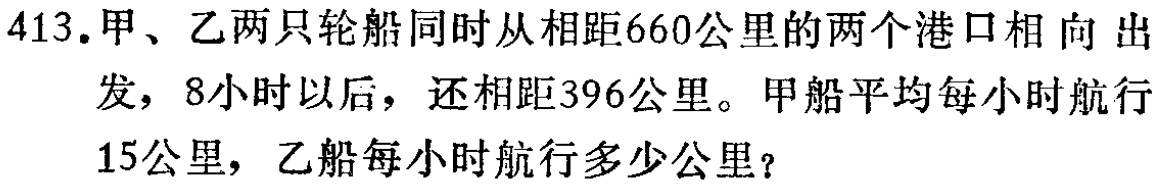
413.甲、乙两只轮船同时从相距660公里的两个港口相向出发，8小时以后，还相距396公里。甲船平均每小时航行15公里，乙船每小时航行多少公里？